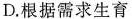
D.根据需求生育